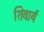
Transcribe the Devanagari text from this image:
शिवार्य